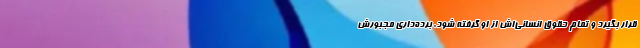
قرار بگیرد و تمام حقوق انسانی‌اش از او گرفته شود. برده‌داری مجبورش